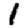
Digit: 1